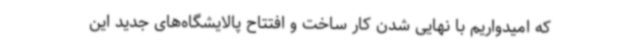
که امیدواریم با نهایی شدن کار ساخت و افتتاح پالایشگاه‌های جدید این